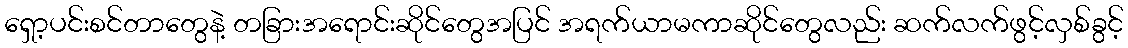
ရှော့ပင်းစင်တာတွေနဲ့ တခြားအရောင်းဆိုင်တွေအပြင် အရက်ယာမကာဆိုင်တွေလည်း ဆက်လက်ဖွင့်လှစ်ခွင့်